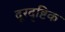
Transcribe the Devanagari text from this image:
दूरदृष्टिक